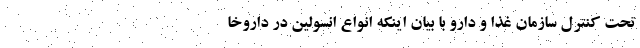
تحت کنترل سازمان غذا و دارو با بیان اینکه انواع انسولین در داروخا